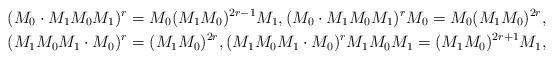
LaTeX: \begin{align*} &(M_0 \cdot M_1 M_0 M_1)^r = M_0 (M_1 M_0)^{2r-1} M_1, (M_0 \cdot M_1 M_0 M_1)^r M_0 = M_0 (M_1 M_0)^{2r},\\ &(M_1 M_0 M_1 \cdot M_0)^r =(M_1 M_0)^{2r}, (M_1 M_0 M_1 \cdot M_0)^r M_1 M_0 M_1 =(M_1 M_0)^{2r+1} M_1 , \end{align*}